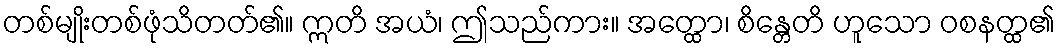
တစ်မျိုးတစ်ဖုံသိတတ်၏။ ဣတိ အယံ၊ ဤသည်ကား။ အတ္ထော၊ စိန္တေတိ ဟူသော ဝစနတ္ထ၏